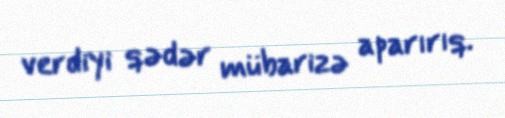
verdiyi qədər mübarizə aparırıq.